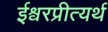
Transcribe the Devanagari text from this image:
ईश्वरप्रीत्यर्थ